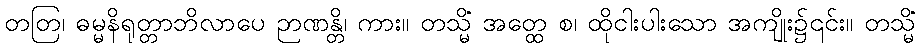
တတြ၊ ဓမ္မနိရုတ္တာဘိလာပေ ဉာဏန္တိ၊ ကား။ တသ္မိံ အတ္ထေ စ၊ ထိုငါးပါးသော အကျိုး၌၎င်း။ တသ္မိံ